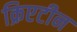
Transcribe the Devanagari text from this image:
क्रिएटीन